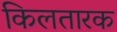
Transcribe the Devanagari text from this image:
किलतारक